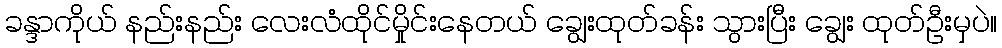
ခန္ဒာကိုယ် နည်းနည်း လေးလံထိုင်မှိုင်းနေတယ် ချွေးထုတ်ခန်း သွားပြီး ချွေး ထုတ်ဦးမှပဲ။